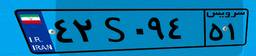
۲۲S۶۶۲۵۲